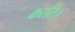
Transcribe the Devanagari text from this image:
करति।